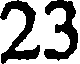
23